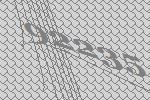
92235